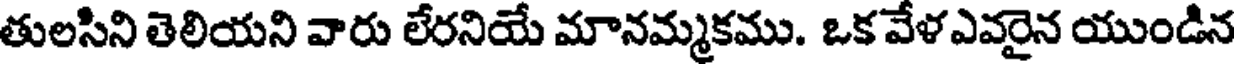
తులసిని తెలియని వారు లేరనియే మానమ్మకము. ఒక వేళఎవరైన యుండిన